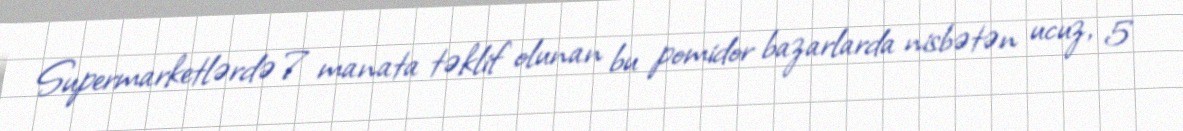
Supermarketlərdə 7 manata təklif olunan bu pomidor bazarlarda nisbətən ucuz, 5